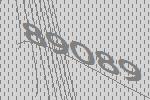
89089